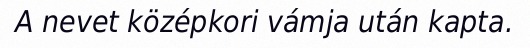
A nevet középkori vámja után kapta.